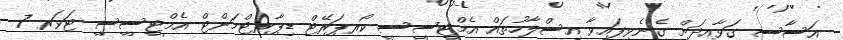
އަސާސީ ގަވާއިދަށް ގެނެވިފައިވާ އިސްލާހުތައް އެމްޓީސީސީ ކޯރޕަރޭޓް ޑިޕާރޓްމަންޓް އެމްޓީސީސީ ޓަވަރ 7